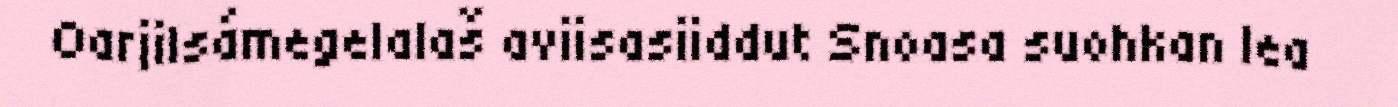
Oarjilsámegelalaš aviisasiiddut Snoasa suohkan lea